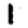
Digit: 1